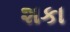
શકા